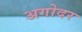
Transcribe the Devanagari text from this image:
अगोदर